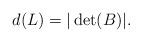
LaTeX: \begin{align*}d(L)=|\operatorname{det}(B)|.\end{align*}